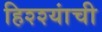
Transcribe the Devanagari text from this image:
हिश्श्यांची